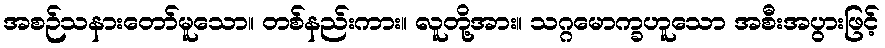
အစဉ်သနားတော်မူသော။ တစ်နည်းကား။ လူတို့အား။ သဂ္ဂမောက္ခဟူသော အစီးအပွားဖြင့်